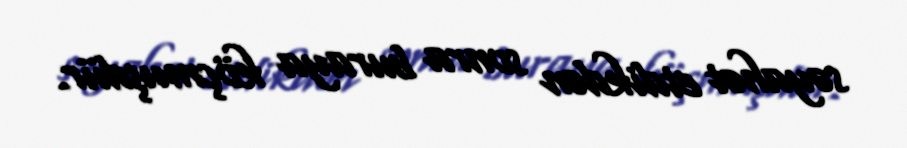
səyahət etdikdən sonra buraya köçmuşdür.